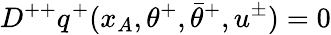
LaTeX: D^{++}q^{+}(x_{A},\theta^{+},\bar{\theta}^{+},u^{\pm})=0